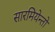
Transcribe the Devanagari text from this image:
सारमियेन्तो